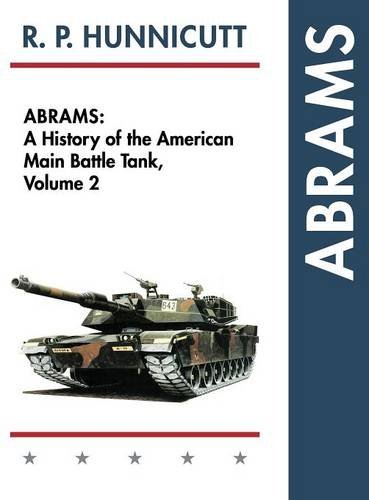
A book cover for Abrams: A History of the American Main Battle Tank, Vol. 2; R.P. Hunnicutt; Arts & Photography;